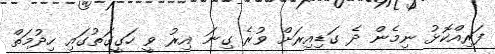
ފަރިއްކޮޅު ނިމެން ދެ ގަޑިއިރަށް ވުރެ ގިނަ އިރު ވީ ހަގީގަތުގައި ހިދުމަތް